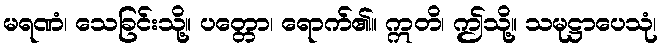
မရဏံ၊ သေခြင်းသို့။ ပတ္တော၊ ရောက်၏။ ဣတိ၊ ဤသို့။ သမုဋ္ဌာပေသုံ၊